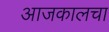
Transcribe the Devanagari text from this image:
आजकालचा